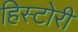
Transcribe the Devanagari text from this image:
हिस्टोरी